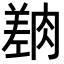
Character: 𦟎